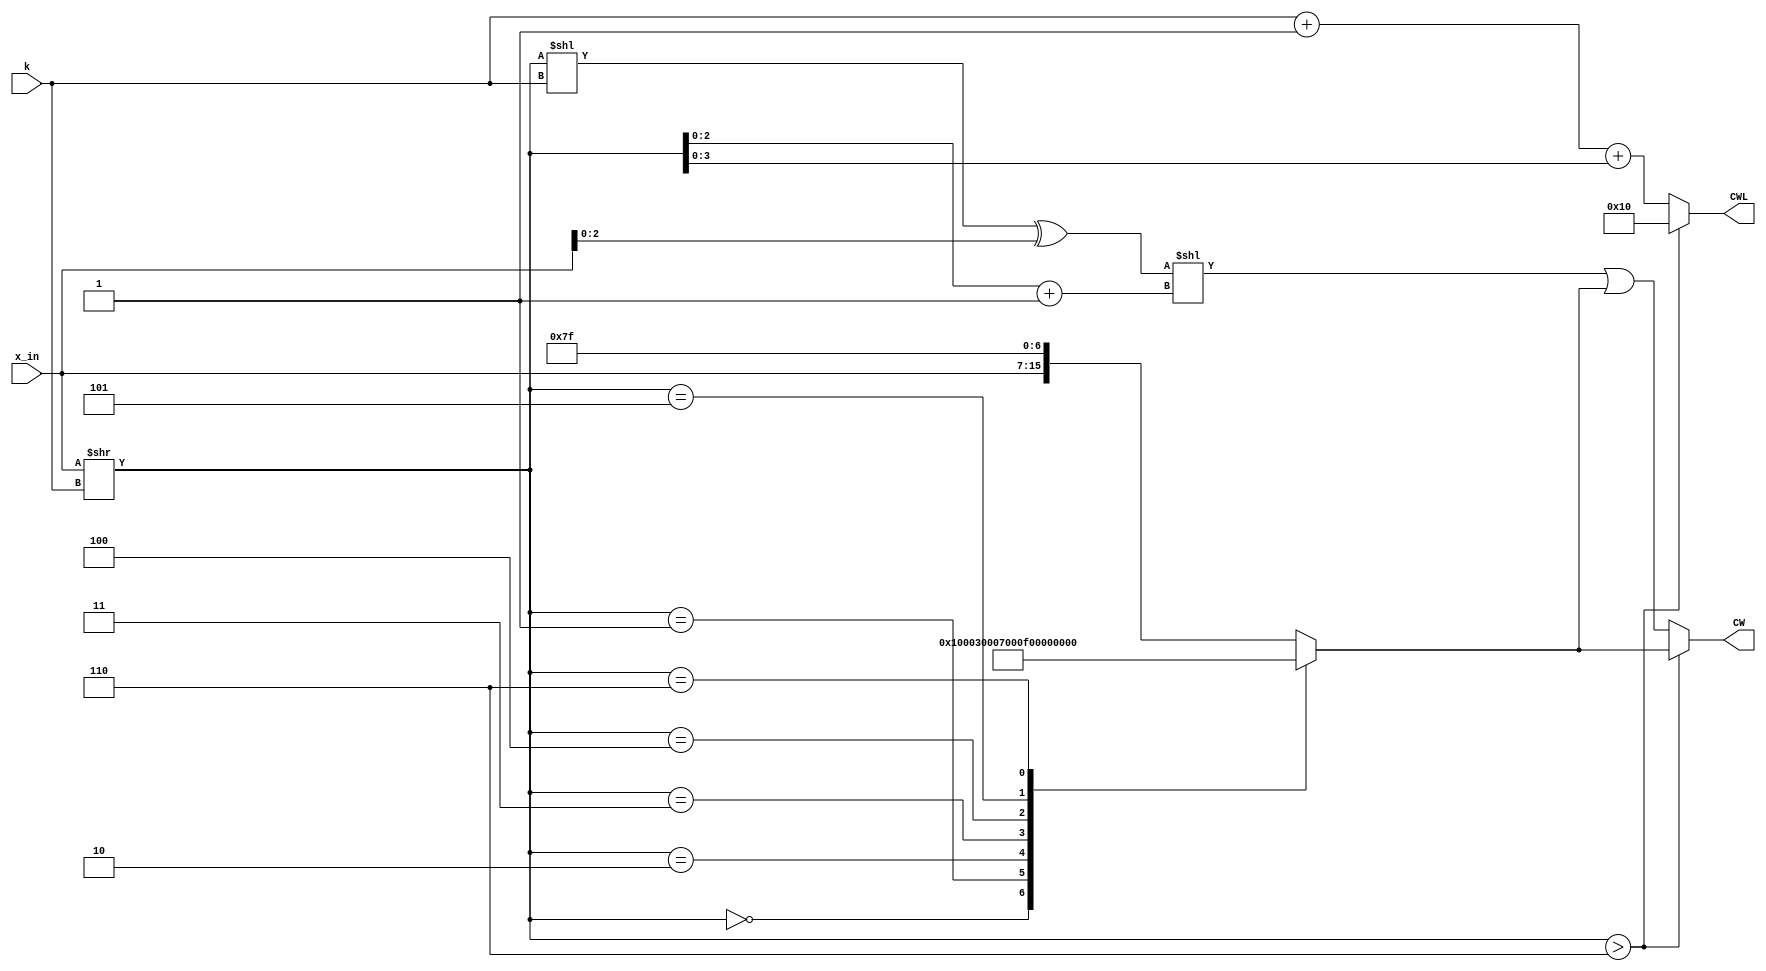
`timescale 1ns / 100ps
module golomb_encoder(k,x_in,CWL,CW);
// synopsys template
parameter input_bits = 9;
parameter glimit = 16;
parameter code_word_length = 4;
input [(input_bits-1):0] x_in;
input [1:0] k;
output [(glimit-1):0] CW;
output [(code_word_length):0] CWL;
/// take care of code word leneght. It is actual length that is 1-16 (o not included ) so requires 5 bits

wire [(input_bits-1):0] quotient;
wire [(input_bits-1):0] for_remainder;
//wire [(input_bits-1):0] remainder;
wire [2:0] remainder;
reg [(code_word_length):0] CWL1;
reg [(glimit-1):0] CW1;
wire [(glimit-1):0] CW2;
assign quotient = x_in >> k;
//assign remainder = x_in[3:0] & (1<<(k+1) -1);
assign for_remainder = quotient << k;
assign remainder = for_remainder[2:0] ^ x_in[2:0];
// acheive the above with just one shifter  (Two shifters is a pain)

//assign CW = (CW1 << k) + remainder;
/// instead of adding, we could do an OR operation
//assign CW2 = (CW1 << k) | {13'b0000000000000,remainder};
assign CW2 = (remainder<<(quotient[2:0]+1'b1)) | CW1;
assign CW = (quotient > 9'b000000110) ? CW1:CW2; 
//assign CWL = CWL1;
assign CWL = (quotient > 9'b000000110) ? 5'b10000:(k+1'b1+ quotient[3:0]);
always @(*)
	begin
	case (quotient[8:0])
		9'b000000000 : CW1 = 16'b0000000000000000;
		9'b000000001 : CW1 = 16'b0000000000000001;
		9'b000000010 : CW1 = 16'b0000000000000011;
		9'b000000011 : CW1 = 16'b0000000000000111;
		9'b000000100 : CW1 = 16'b0000000000001111;
		9'b000000101 : CW1 = 16'b0000000000011111;
		9'b000000110 : CW1 = 16'b0000000000111111;
		//4'b0111 : CW1 = 16'b0000000011111110;
		///4'b1000 : CW1 = 16'b0000000111111110;
		default : CW1 = {x_in,7'b1111111}; 
	endcase
	//if (quotient > 9'b000000110)
///		begin
///		CWL1 = 5'b10000;
//		end
//	else
//		begin
//		CWL1 = k+1+quotient[3:0];
///		end
	end
endmodule